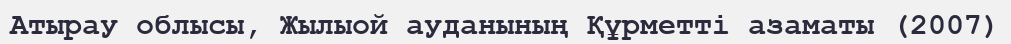
Атырау облысы, Жылыой ауданының Құрметті азаматы (2007)